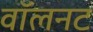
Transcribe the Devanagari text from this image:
वॉलनट